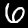
Digit: 6